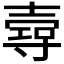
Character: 𡔺